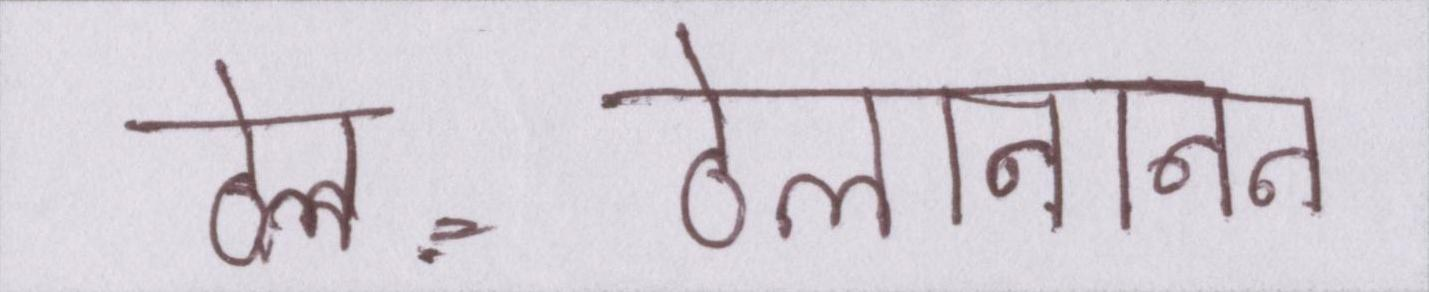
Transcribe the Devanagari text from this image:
ठेल-ठेलानानन